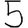
Digit: 5